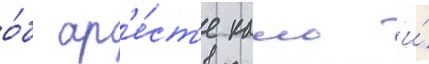
о́б ар'е́ст'е камо и́